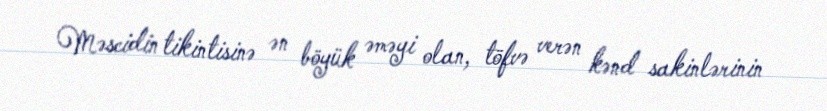
Məscidin tikintisinə ən böyük əməyi olan, töfvə verən kənd sakinlərinin